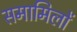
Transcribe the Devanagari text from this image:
समामिलों